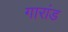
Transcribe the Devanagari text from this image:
गारांड